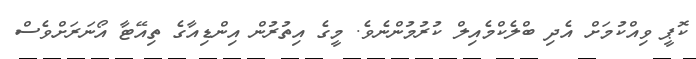
ކޮޕީ ވިއްކުމަށް އެދި ބްލެކްމެއިލް ކުރުމުންނެވެ. މީގެ އިތުރުން އިންޑިއާގެ ތިއޭޓާ އޯނަރަށްވެސް